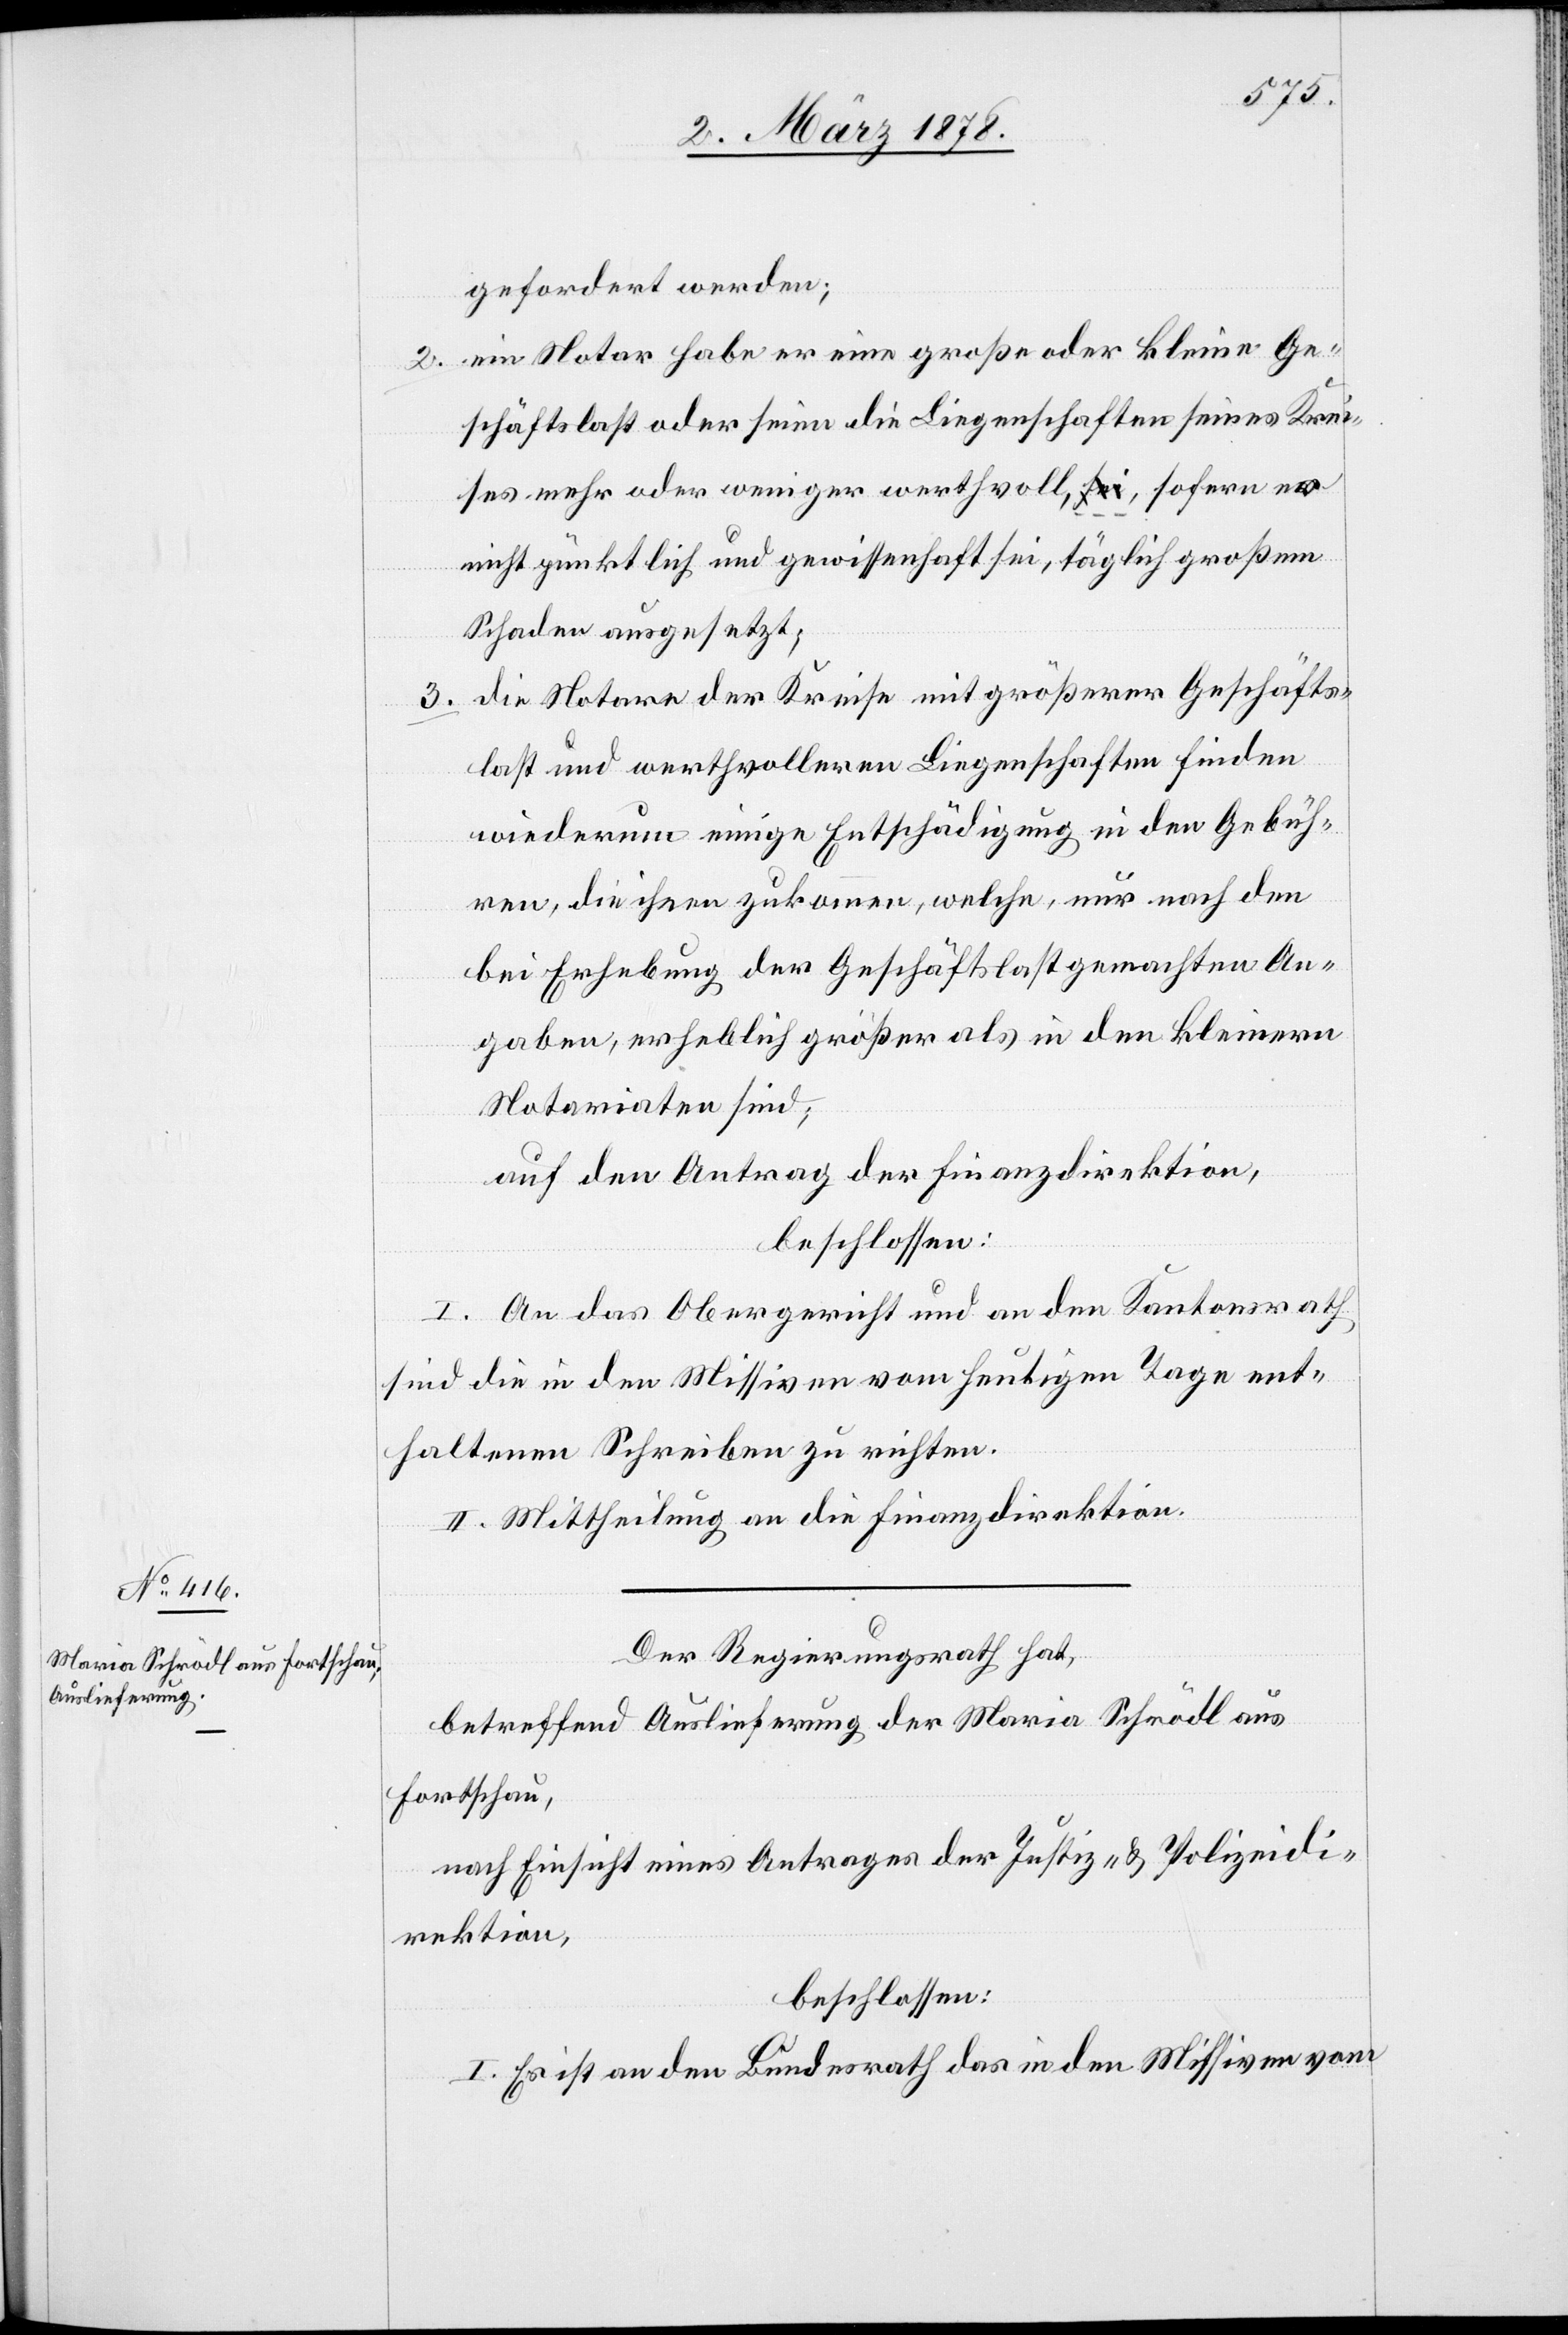
gefordert werden;
2. ein Notar habe er eine große oder kleine Ge¬
schäftslast oder seien die Liegenschaften seines Krei¬
ses mehr oder weniger werthvoll, sei, sofern er
nicht pünktlich und gewissenhaft sei, täglich großem
Schaden ausgesetzt;
3. die Notare der Kreise mit größere Geschäfts¬
last und werthvolleren Liegenschaften finden
wiederum einige Entschädigung in den Gebüh¬
ren, die ihnen zukommen, welche, nun nach den
bei Erhebung des Geschäftslast gemachten An¬
gaben, erheblich größer als in den kleinern
Notariaten sind;
auf den Antrag der Finanzdirektion,
beschlossen:
I. An das Obergericht und an den Kantonsrath
sind die in den Missiven vom heutigen Tage ent¬
haltenen Schreiben zu richten.
II. Mittheilung an die Finanzdirektion.
Der Regierungsrath hat,
betreffend Auslieferung der Maria Schrödl aus
Fortschau,
nach Einsicht eines Antrages der Justiz- & Polizeidi¬
rektion,
beschlossen:
I. Es ist an den Bundesrath das in den Missiven vom